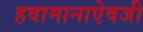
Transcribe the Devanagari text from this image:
हवामानाऐवजी